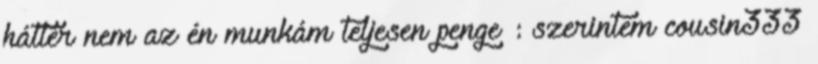
háttér nem az én munkám teljesen penge™: szerintem cousin333